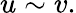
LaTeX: u\sim v.